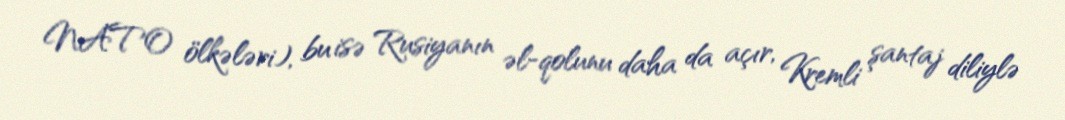
NATO ölkələri), bu isə Rusiyanın əl-qolunu daha da açır, Kremli şantaj diliylə